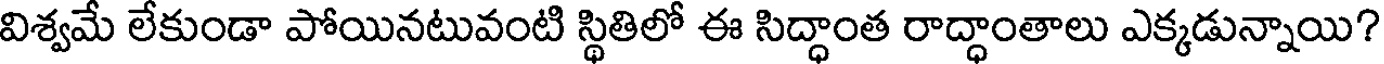
విశ్వమే లేకుండా పోయినటువంటి స్థితిలో ఈ సిద్ధాంత రాద్ధాంతాలు ఎక్కడున్నాయి?